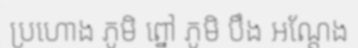
ប្រហោង ភូមិ ព្នៅ ភូមិ បឹង អណ្តែង